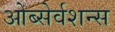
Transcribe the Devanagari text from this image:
ओब्सेर्वशन्स